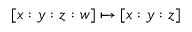
[ x : y : z : w ] \mapsto [ x : y : z ]